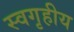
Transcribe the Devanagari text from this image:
स्वगृहीय